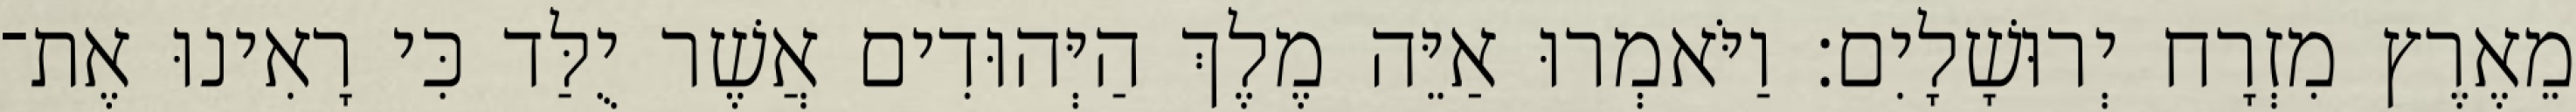
מֵאֶרֶץ מִזְרָח יְרוּשָׁלָיִם׃ וַיֹּאמְרוּ אַיֵּה מֶלֶךְ הַיְּהוּדִים אֲשֶׁר יֻלַּד כִּי רָאִינוּ אֶת־